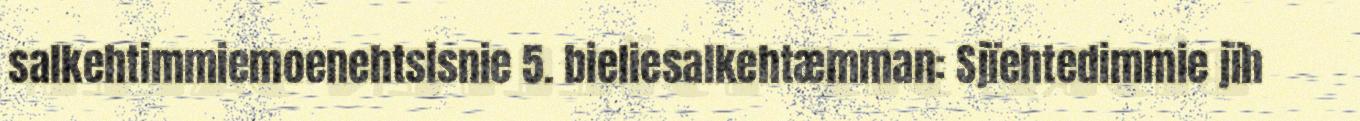
salkehtimmiemoenehtsisnie 5. bieliesalkehtæmman: Sjïehtedimmie jïh